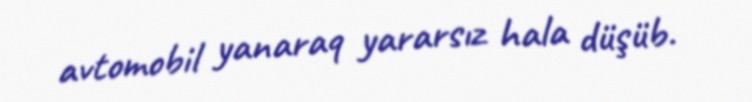
avtomobil yanaraq yararsız hala düşüb.